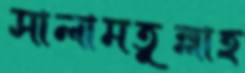
সালামতুল্লাহ